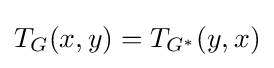
T_{G}(x,y)=T_{G^{*}}(y,x)